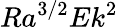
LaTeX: Ra^{3/2}Ek^{2}